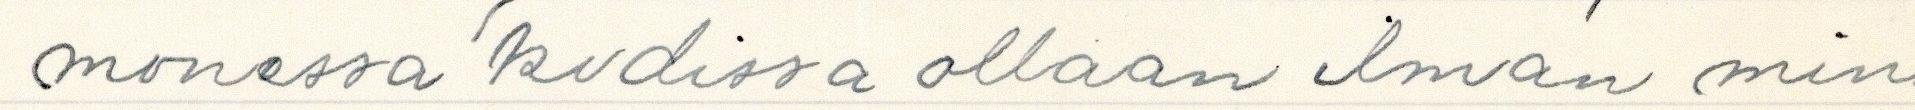
monessa kodissa ollaan ilman min